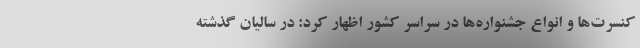
کنسرت‌ها و انواع جشنواره‌ها در سراسر کشور اظهار کرد: در سالیان گذشته